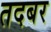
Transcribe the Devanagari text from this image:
तदबर